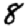
Digit: 8